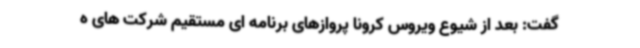
گفت: بعد از شیوع ویروس کرونا پروازهای برنامه ای مستقیم شرکت های ه